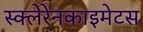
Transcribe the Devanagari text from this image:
स्क्लेरेनकाइमेटस